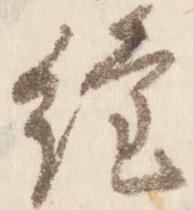
経